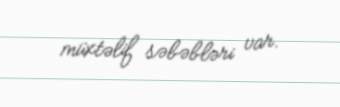
müxtəlif səbəbləri var.